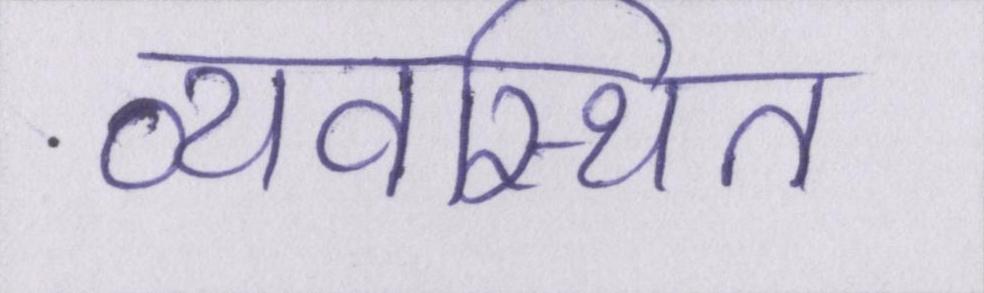
व्यवस्थित